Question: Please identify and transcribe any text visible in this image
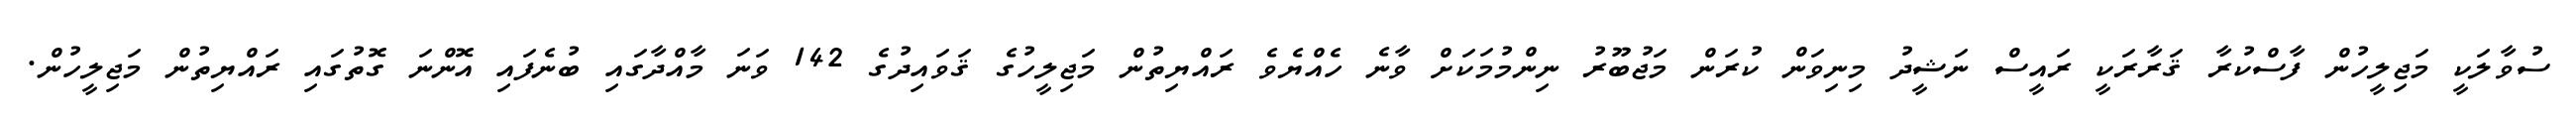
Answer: ސުވާލަކީ މަޖިލީހުން ފާސްކުރާ ޤަރާރަކީ ރައީސް ނަޝީދު މިނިވަން ކުރަން މަޖުބޫރު ނިންމުމަކަށް ވާނެ ހެއްޔެވެ ރައްޔިތުން މަޖިލީހުގެ ޤަވައިދުގެ 142 ވަނަ މާއްދާގައި ބުނެފައި އޮންނަ ގޮތުގައި ރައްޔިތުން މަޖިލީހުން.